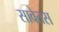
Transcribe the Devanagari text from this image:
सावेतस